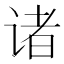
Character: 诸